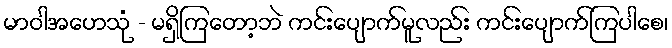
မာဝါအဟေသုံ - မရှိကြတော့ဘဲ ကင်းပျောက်မူလည်း ကင်းပျောက်ကြပါစေ၊